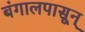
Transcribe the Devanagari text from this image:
बंगालपासून्